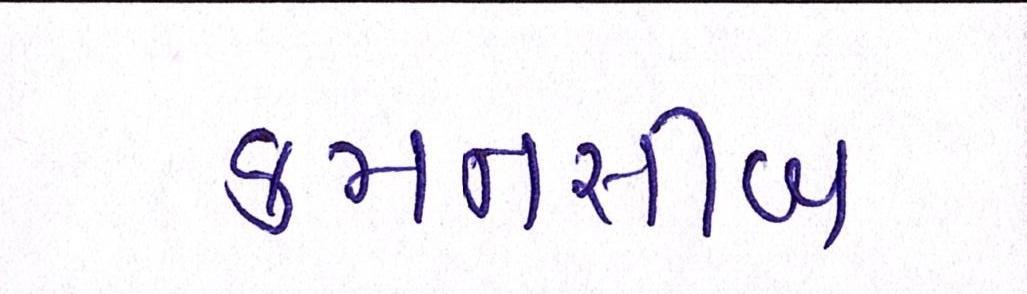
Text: કમનસીબ